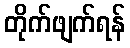
တိုက်ဖျက်ရန်